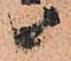
候